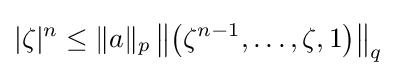
|\zeta |^{n}\leq \|a\|_{p}\left\|\left(\zeta ^{n-1},\ldots ,\zeta ,1\right)\right\|_{q}